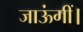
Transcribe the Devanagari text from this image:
जाऊंगीं।